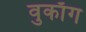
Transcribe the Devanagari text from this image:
वुकाँग